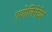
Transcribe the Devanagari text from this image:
एपोलिनेयेर